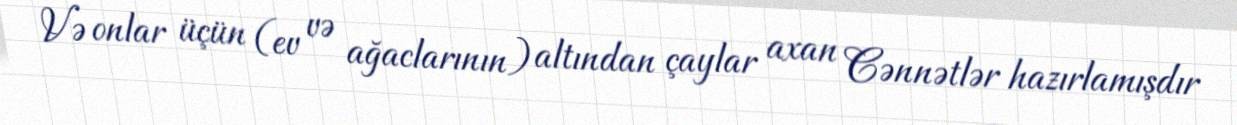
Və onlar üçün (ev və ağaclarının) altından çaylar axan Cənnətlər hazırlamışdır